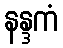
နန္ဒကံ